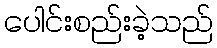
ပေါင်းစည်းခဲ့သည်